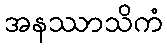
အနဿာသိကံ